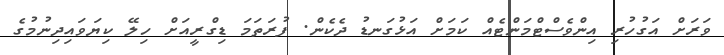
ވަރަށް އަގުހުރި އިންވެސްޓްމަންޓެއް ކަމަށް އަޅުގަނޑު ދެކެން. ފުރަތަމަ ޑިގްރީއަށް ހިލޭ ކިޔަވައިދިނުމުގެ